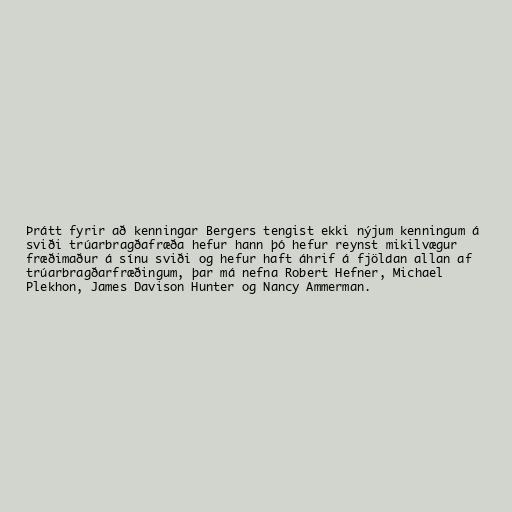
Þrátt fyrir að kenningar Bergers tengist ekki nýjum kenningum á
sviði trúarbragðafræða hefur hann þó hefur reynst mikilvægur
fræðimaður á sínu sviði og hefur haft áhrif á fjöldan allan af
trúarbragðarfræðingum, þar má nefna Robert Hefner, Michael
Plekhon, James Davison Hunter og Nancy Ammerman.